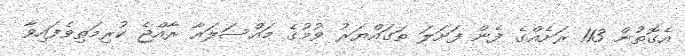
އެގޮތުން 113 ރަށެއްގެ ފެން ފަށަލަ ތަގައްޔަރު ވުމުގެ މައްސަލައާ ރާއްޖެ ކުރިމަތިވެފައިވާ